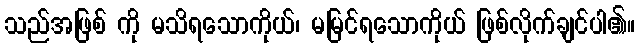
သည်အဖြစ် ကို မသိရသောကိုယ်၊ မမြင်ရသောကိုယ် ဖြစ်လိုက်ချင်ပါ၏။